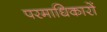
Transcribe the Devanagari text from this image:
परमाधिकारों